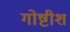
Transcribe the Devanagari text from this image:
गोष्टीश